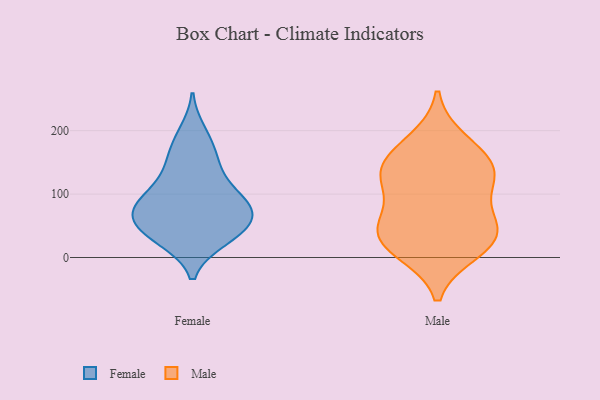
{"axis": {"x": "Population (Million)", "y": "Value"}, "legend": ["Female", "Male"], "data": [{"x": "", "y": 63, "type": "Female"}, {"x": "", "y": 27, "type": "Female"}, {"x": "", "y": 91, "type": "Female"}, {"x": "", "y": 152, "type": "Female"}, {"x": "", "y": 33, "type": "Female"}, {"x": "", "y": 176, "type": "Female"}, {"x": "", "y": 69, "type": "Female"}, {"x": "", "y": 198, "type": "Female"}, {"x": "", "y": 45, "type": "Female"}, {"x": "", "y": 58, "type": "Female"}, {"x": "", "y": 103, "type": "Female"}, {"x": "", "y": 88, "type": "Female"}, {"x": "", "y": 145, "type": "Female"}, {"x": "", "y": 28, "type": "Female"}, {"x": "", "y": 116, "type": "Female"}, {"x": "", "y": 72, "type": "Female"}, {"x": "", "y": 73, "type": "Female"}, {"x": "", "y": 119, "type": "Male"}, {"x": "", "y": 56, "type": "Male"}, {"x": "", "y": 48, "type": "Male"}, {"x": "", "y": 127, "type": "Male"}, {"x": "", "y": 160, "type": "Male"}, {"x": "", "y": 22, "type": "Male"}, {"x": "", "y": 184, "type": "Male"}, {"x": "", "y": 53, "type": "Male"}, {"x": "", "y": 10, "type": "Male"}, {"x": "", "y": 23, "type": "Male"}, {"x": "", "y": 124, "type": "Male"}, {"x": "", "y": 145, "type": "Male"}]}